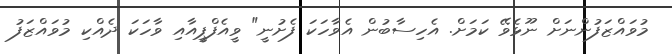
މުވައްޒަފުންނަށް ނޫޅެވޭ ކަމަށް. އެހިސާބުން އެވާހަކަ ފެށުނީ" ވީއެފްޕީއާއި ވާހަކަ ދެއްކި މުވައްޒަފު